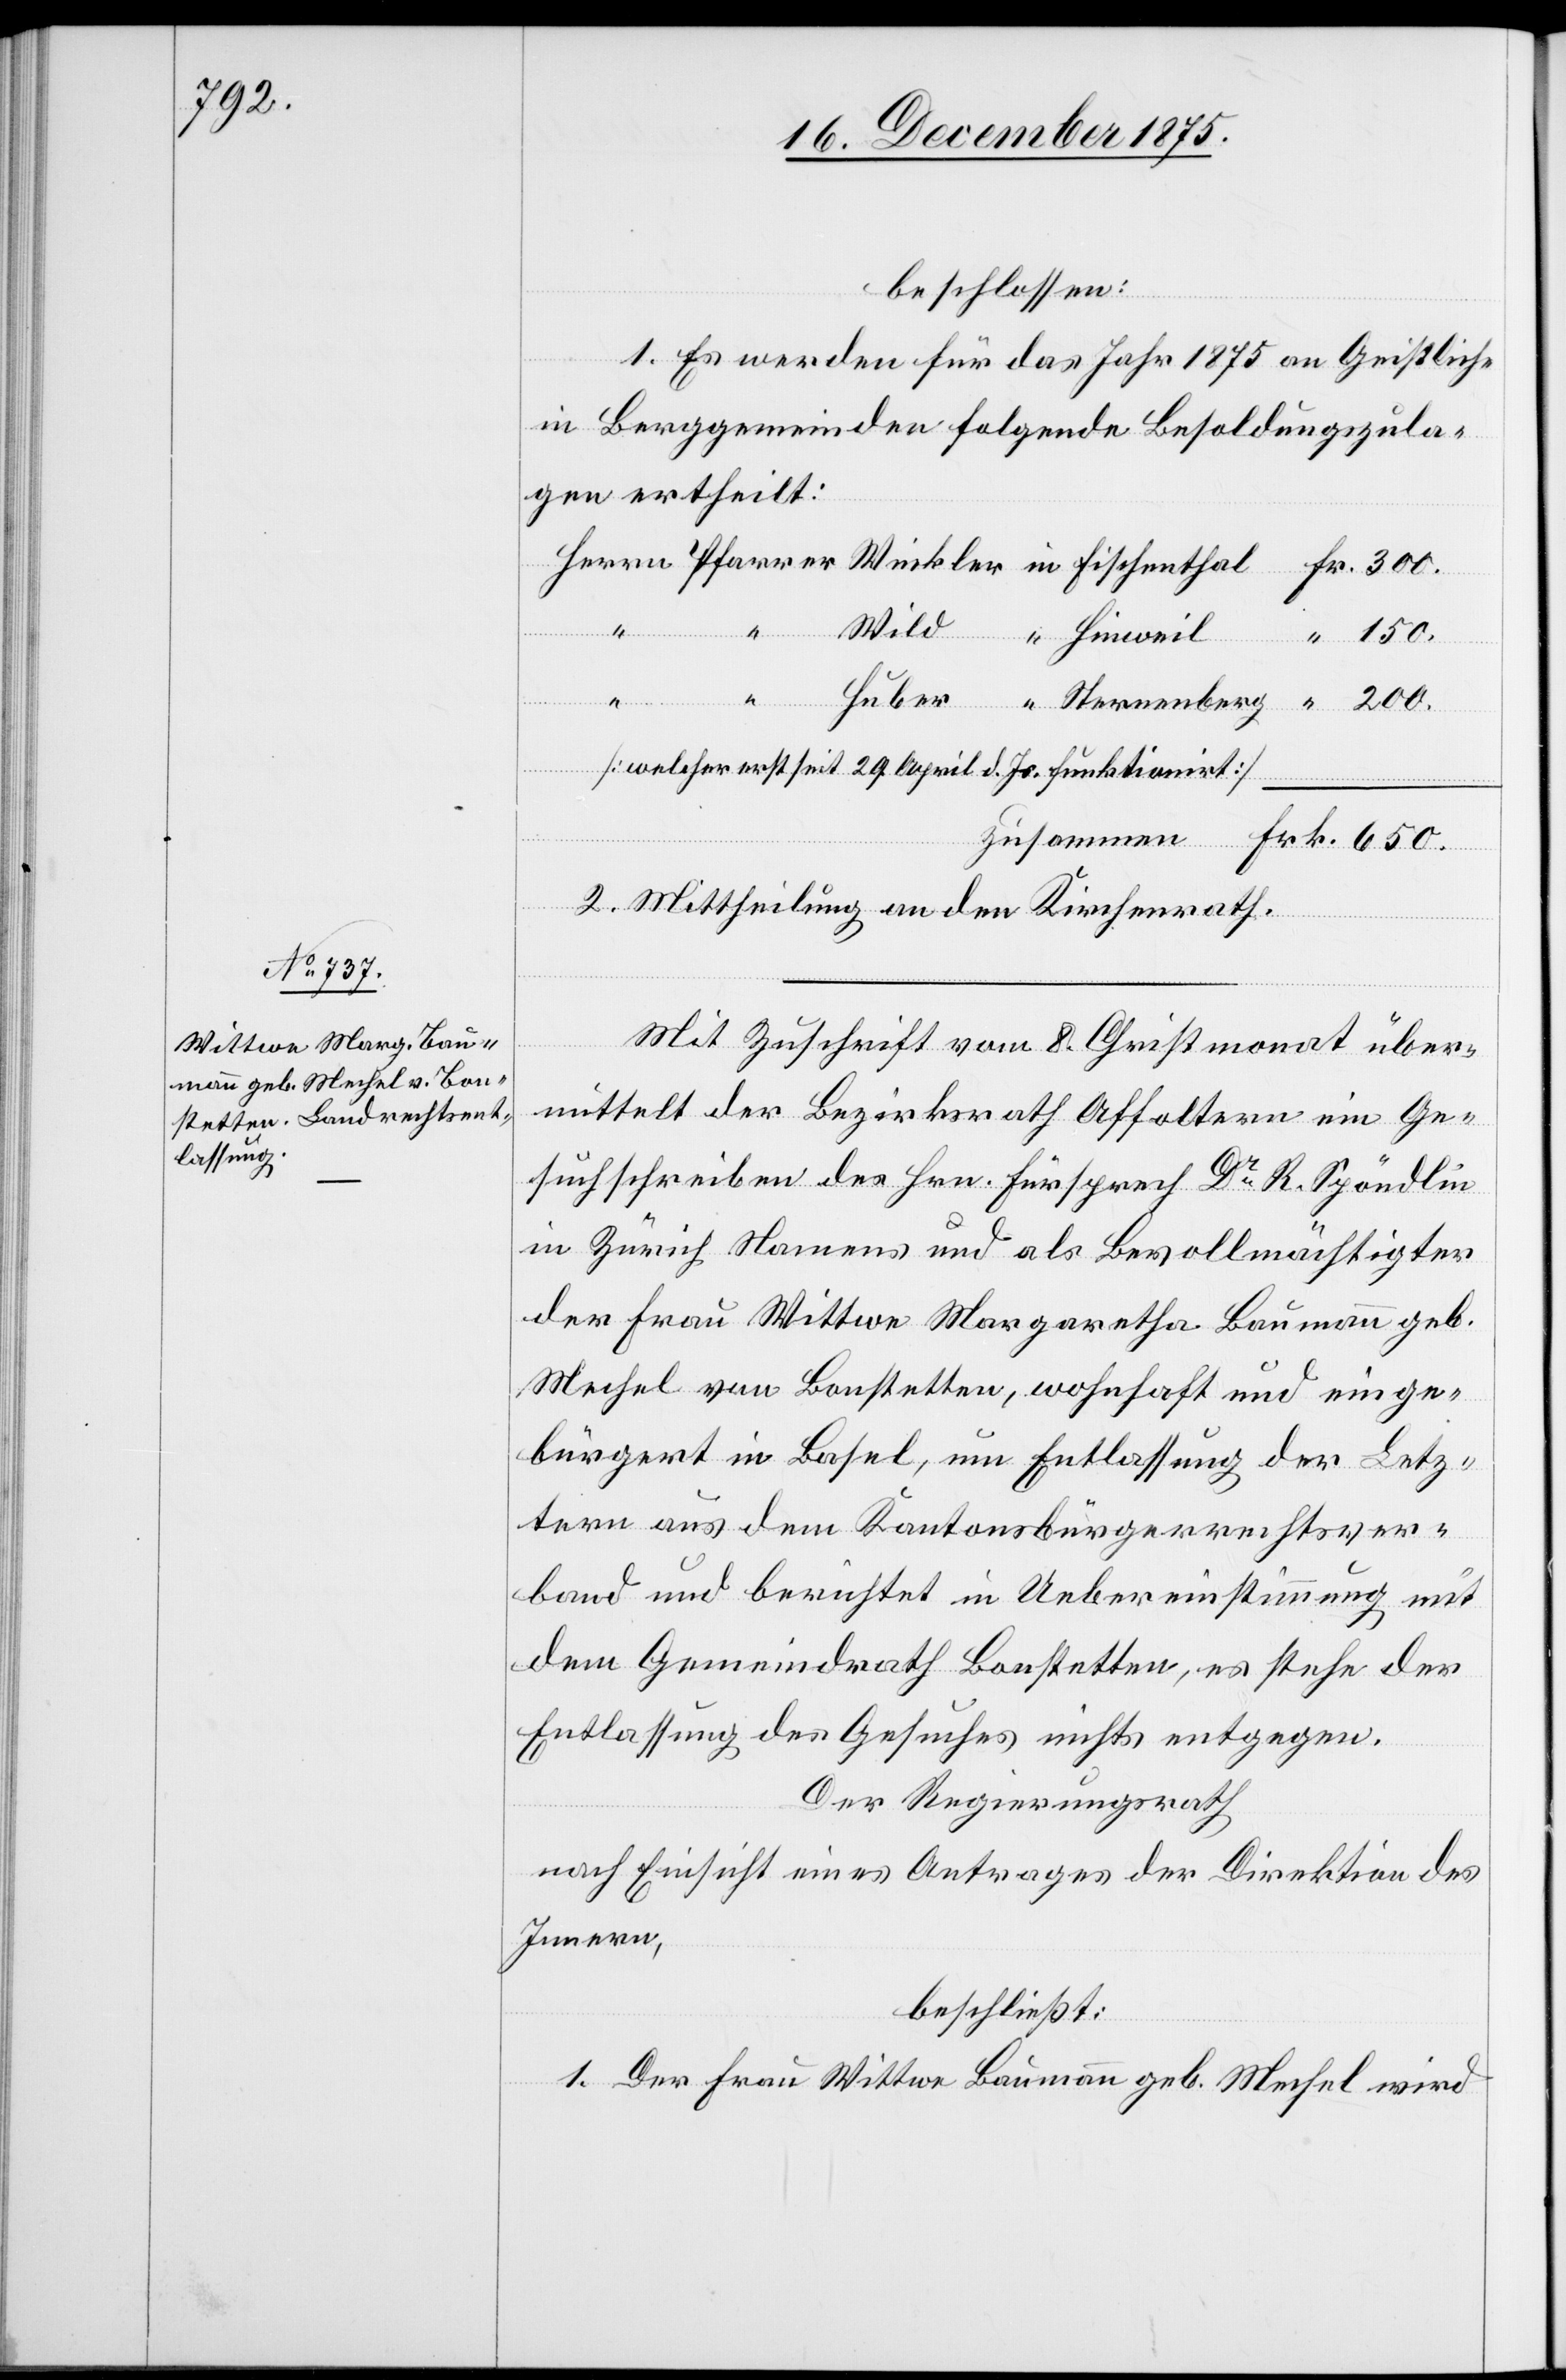
beschlossen:
“
1. Es werden für das Jahr 1875 an Geistliche
in Berggemeinden folgende Besoldungszula¬
gen ertheilt:
650.
[welcher erst seit 29. April d. Js. funktionirt]
2. Mittheilung an den Kirchenrath.
Mit Zuschrift vom 8. Christmonat über¬
mittelt der Bezirksrath Affoltern ein Ge¬
suchschreiben des Hrn. Fürsprech Dr R. Spöndlin
in Zürich Namens und als Bevollmächtigter
der Frau Wittwe Margaretha Baumann geb.
Mechel von Bonstetten, wohnhaft und einge¬
bürgert in Basel, um Entlassung der Letz¬
tern aus dem Kantonsbürgerrechtsver¬
band und berichtet in Uebereinstimmung mit
dem Gemeindrath Bonstetten, es stehe der
Entlassung des Gesuches nichts entgegen.
Der Regierungsrath
nach Einsicht eines Antrages der Direktion des
Innern,
beschließt:
1. Der Frau Wittwe Baumann geb. Mechel wird